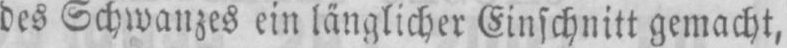
des Schwanzes ein länglicher Einschnitt gemacht,